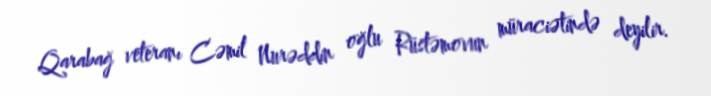
Qarabağ veteranı Cəmil Nurəddin oğlu Rüstəmovun müraciətində deyilir.